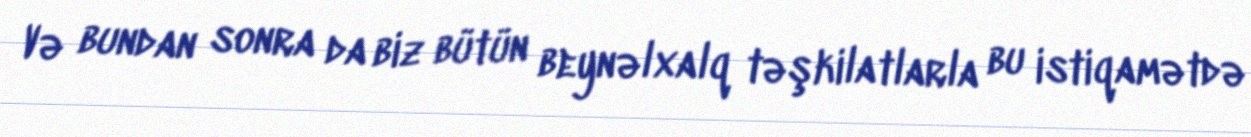
Və bundan sonra da biz bütün beynəlxalq təşkilatlarla bu istiqamətdə